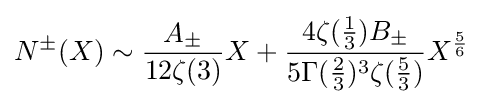
N^{\pm }(X)\sim {\frac {A_{\pm }}{12\zeta (3)}}X+{\frac {4\zeta ({\frac {1}{3}})B_{\pm }}{5\Gamma ({\frac {2}{3}})^{3}\zeta ({\frac {5}{3}})}}X^{\frac {5}{6}}